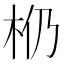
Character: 𰗗